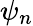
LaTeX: \psi_{n}